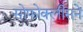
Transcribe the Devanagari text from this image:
सोफोक्लीसने